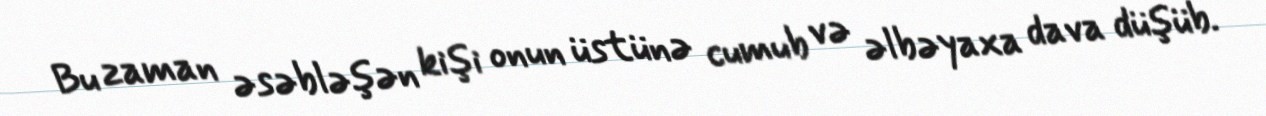
Bu zaman əsəbləşən kişi onun üstünə cumub və əlbəyaxa dava düşüb.